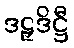
ဒဠှဒိဋ္ဌီ